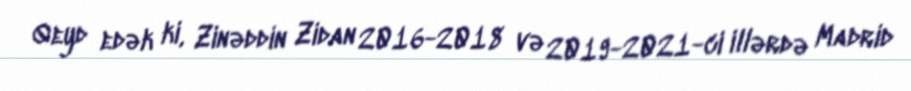
Qeyd edək ki, Zinəddin Zidan 2016-2018 və 2019-2021-ci illərdə Madrid